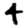
Digit: 4